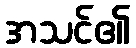
အသင်၏